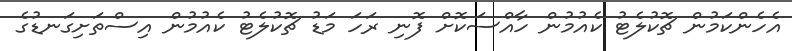
އެހެންކަމުން ޗޮކުލެޓު ކެއުމުން ހާއްސަކޮށް ފޮނި ރަހަ މަޑު ޗޮކުލެޓު ކެއުމުން އިސްތަށިގަނޑުގެ